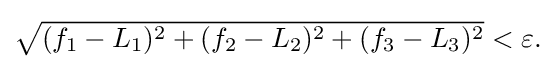
{\textstyle {\sqrt {(f_{1}-L_{1})^{2}+(f_{2}-L_{2})^{2}+(f_{3}-L_{3})^{2}}}<\varepsilon .}